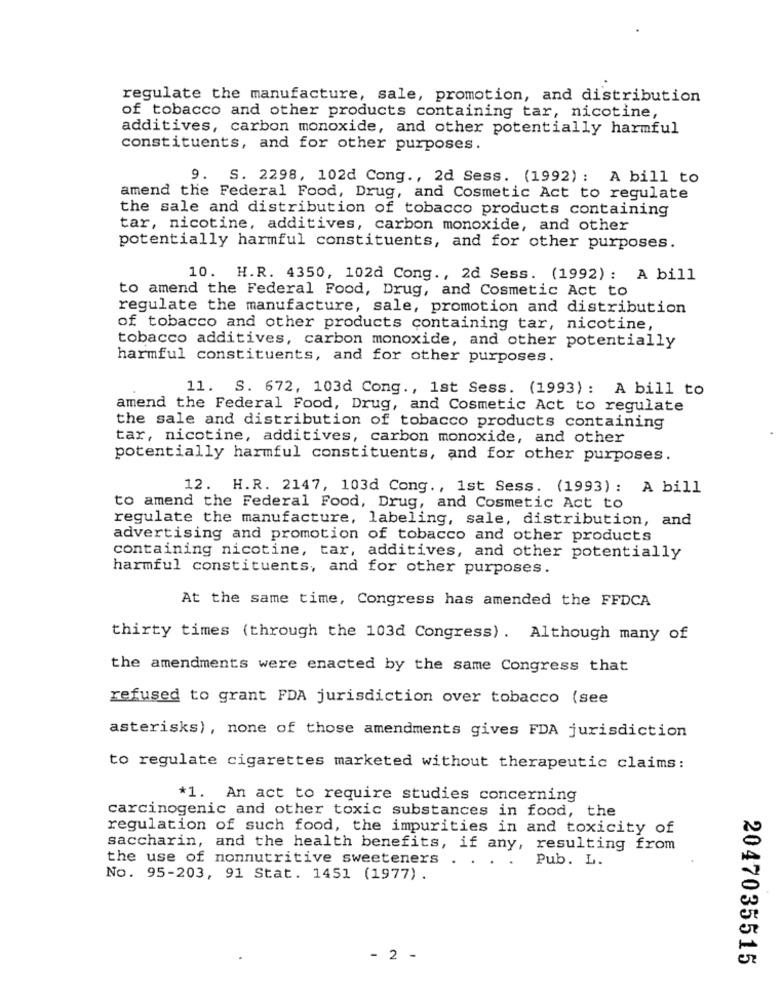
regulate the manufacture, sale, promotion, and distribution
of tobacco and other products containing tar, nicotine,
additives, carbon monoxide, and other potentially harmful
constituents, and for other purposes.
9. S. 2298, 102d Cong ., 2d Sess. (1992) : A bill to
amend the Federal Food, Drug, and Cosmetic Act to regulate
the sale and distribution of tobacco products containing
tar, nicotine, additives, carbon monoxide, and other
potentially harmful constituents, and for other purposes.
10. H.R. 4350, 102d Cong ., 2d Sess. (1992): A bill
to amend the Federal Food, Drug, and Cosmetic Act to
regulate the manufacture, sale, promotion and distribution
of tobacco and other products containing tar, nicotine,
tobacco additives, carbon monoxide, and other potentially
harmful constituents, and for other purposes.
11. S. 672, 103d Cong ., 1st Sess. (1993): A bill to
amend the Federal Food, Drug, and Cosmetic Act to regulate
the sale and distribution of tobacco products containing
tar, nicotine, additives, carbon monoxide, and other
potentially harmful constituents, and for other purposes.
12. H.R. 2147, 103d Cong ., 1st Sess. (1993) : A bill
to amend the Federal Food, Drug, and Cosmetic Act to
regulate the manufacture, labeling, sale, distribution, and
advertising and promotion of tobacco and other products
containing nicotine, tar, additives, and other potentially
harmful constituents, and for other purposes.
At the same time, Congress has amended the FFDCA
thirty times (through the 103d Congress). Although many of
the amendments were enacted by the same Congress that
refused to grant FDA jurisdiction over tobacco (see
asterisks), none of those amendments gives FDA jurisdiction
to regulate cigarettes marketed without therapeutic claims:
*1. An act to require studies concerning
carcinogenic and other toxic substances in food, the
regulation of such food, the impurities in and toxicity of
saccharin, and the health benefits, if any, resulting from
Pub. L.
the use of nonnutritive sweeteners . . . .
No. 95-203, 91 Stat. 1451 (1977).
- 2 -
2047035515